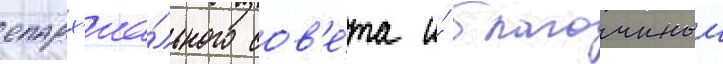
епарх'иа́льного сов'е́та и́ благочинныи